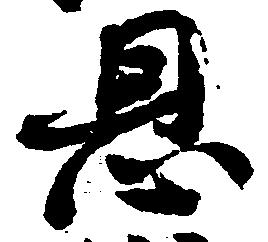
恩